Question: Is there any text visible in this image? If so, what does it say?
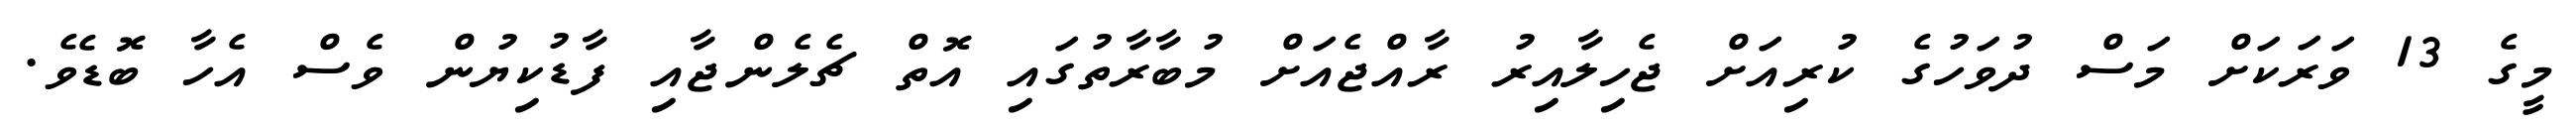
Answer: މީގެ 13 ވަރަކަށް މަސް ދުވަހުގެ ކުރިއަށް ޖެހިލާއިރު ރާއްޖެއަށް މުބާރާތުގައި އޮތް ޗެލެންޖާއި ފާޑުކިޔުން ވެސް އެހާ ބޮޑެވެ.